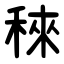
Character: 䅘